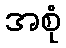
အစုံ